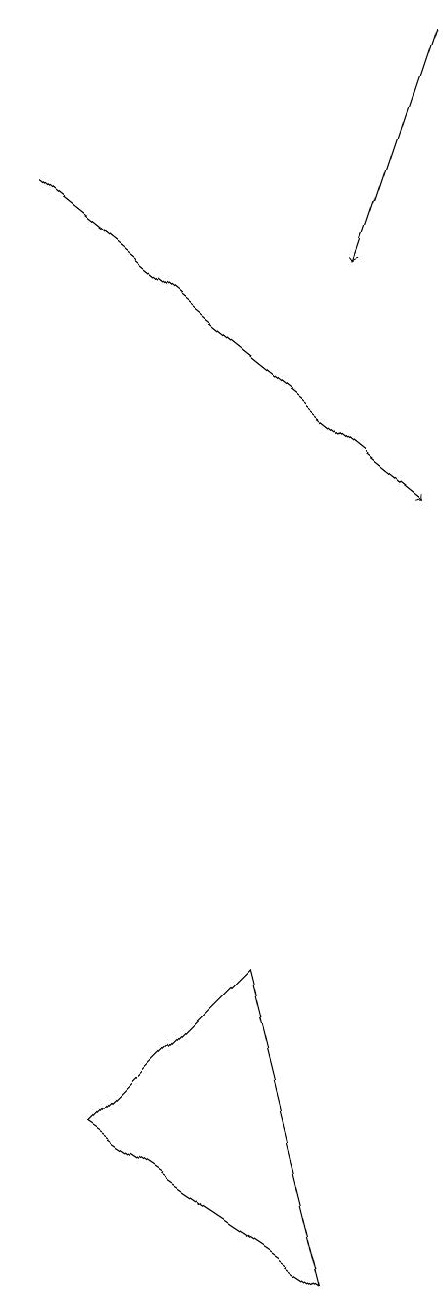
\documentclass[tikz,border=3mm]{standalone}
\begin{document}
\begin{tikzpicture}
\draw[->] (8,16) -- (7,13);
\draw[->] (3,14) -- (8,10);
\draw (6,4) -- (7,0) -- (4,2) -- cycle;
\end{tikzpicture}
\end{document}